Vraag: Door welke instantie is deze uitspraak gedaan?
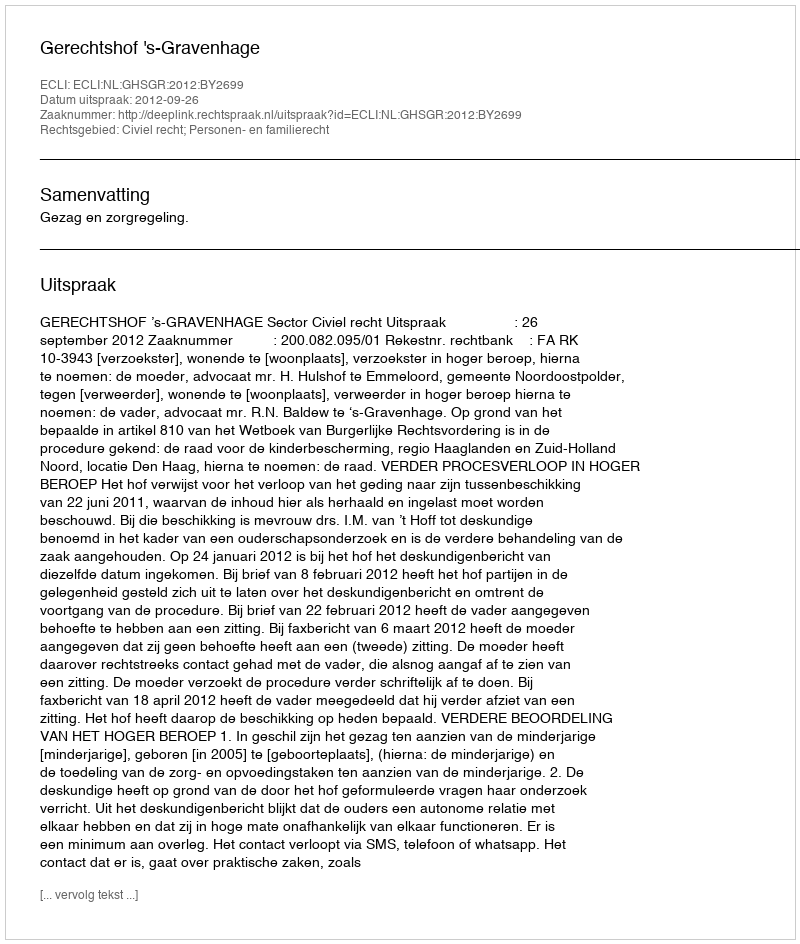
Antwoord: Gerechtshof 's-Gravenhage